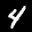
Label: 4